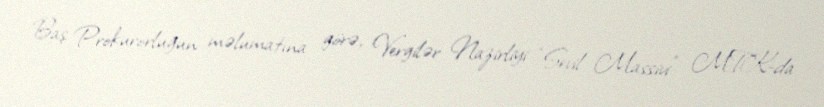
Baş Prokurorluğun məlumatına görə, Vergilər Nazirliyi “Sevil Massivi” MTK-da